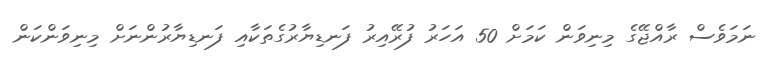
ނަމަވެސް ރާއްޖޭގެ މިނިވަން ކަމަށް 50 އަހަރު ފުރޭއިރު ފަނޑިޔާރުގެތަކާއި ފަނޑިޔާރުންނަށް މިނިވަންކަން